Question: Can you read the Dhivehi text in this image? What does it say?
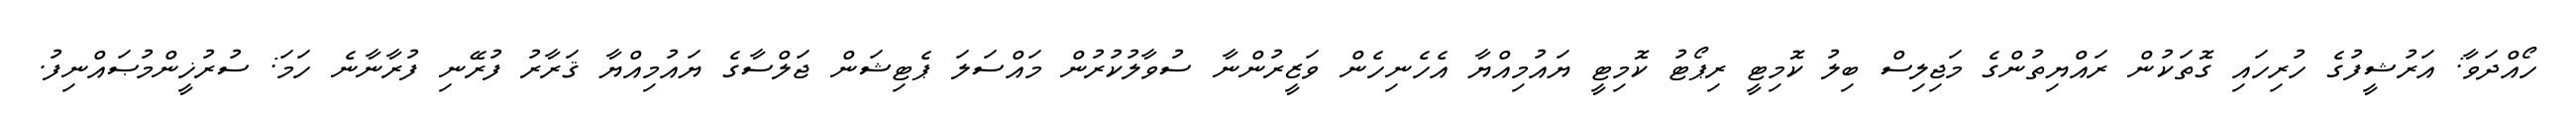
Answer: ހޯއްދަވާ: އަރުޝީފުގެ ހުރިހައި ގޮތަކުން ރައްޔިތުންގެ މަޖިލިސް ބިލު ކޮމިޓީ ރިޕޯޓު ކޮމިޓީ ޔައުމިއްޔާ އެހެނިހެން ވަޒީރުންނާ ސުވާލުކުރުން މައްސަލަ ޕެޓިޝަން ޖަލްސާގެ ޔައުމިއްޔާ ޤަރާރު ފުރޭނި ފުރާނާނެ ހަމަ: ސުރުޚީންމުޞައްނިފު.